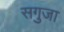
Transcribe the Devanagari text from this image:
सगुजा